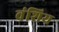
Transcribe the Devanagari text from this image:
वंशिय